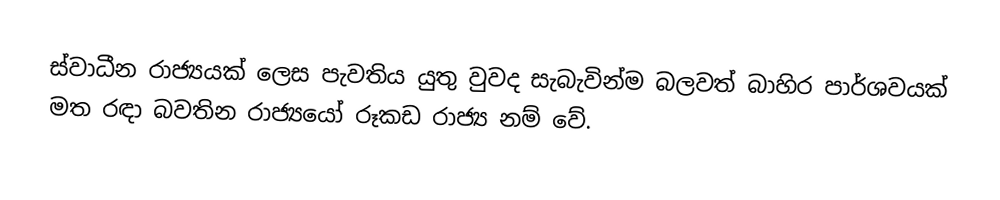
ස්වාධීන රාජ්‍යයක් ලෙස පැවතිය යුතු වුවද සැබැවින්ම බලවත් බාහිර පාර්ශවයක් මත රඳා බවතින රාජ්‍යයෝ රූකඩ රාජ්‍ය නම් වේ.